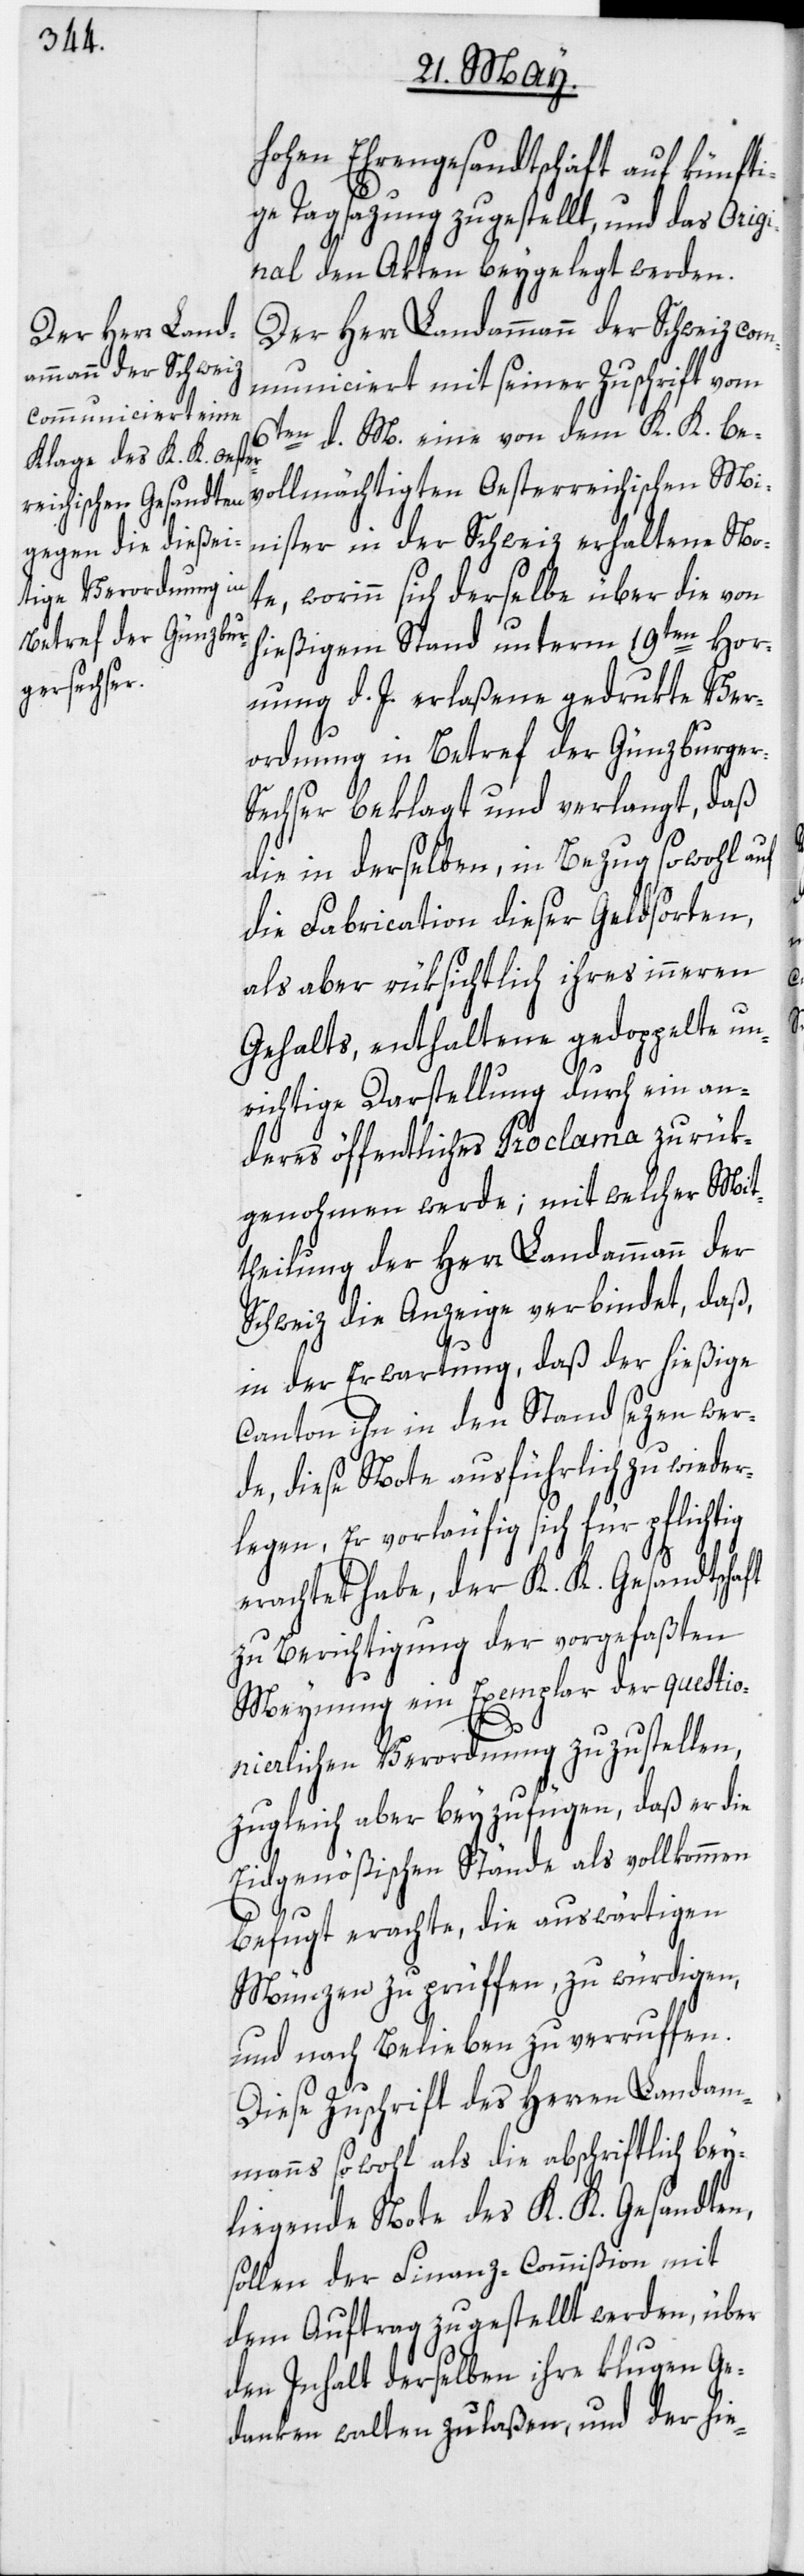
hohen Ehrengesandtschaft auf künft¬
ige Tagsazung zugestellt, und das Orig¬
inal den Akten beygelegt werden.
Der Herr Landammann der Schweiz com¬
municiert mit seiner Zuschrift vom
6ten d. M. eine von dem K. K. be¬
vollmächtigten Oesterreichischen Mi¬
nister in der Schweiz erhaltene No¬
te, worinn sich derselbe über die von
hießigem Stand unterm 19ten Hor¬
nung d. J. erlaßene gedrukte Ver¬
ordnung in Betref der Günzburge¬
echser beklagt und verlangt, daß
die in derselben, in Bezug sowohl auf
die Fabrication dieser Geldsorten,
als aber rüksichtlich ihres inneren
Gehalts, enthaltene gedoppelte un¬
r-S¬
richtige Darstellung durch ein an¬
deres öffentliches Proclama zurük¬
genohmen werde; mit welcher Mit¬
theilung der Herr Landammann der
Schweiz die Anzeige verbindet, daß,
in der Erwartung, daß der hießige
Canton ihn in den Stand sezen wer¬
de, diese Note ausführlich zu wieder¬
legen, Er vorläufig sich für pflichtig
erachtet habe, der K. K. Gesandtschaft
zu Berichtigung der vorgefaßten
Meynung ein Exemplar der questio¬
nierlichen Verordnung zuzustellen,
zugleich aber beyzufügen, daß er die
Eidgenößischen Stände als vollkommen
befugt erachte, die auswärtigen
Münzen zu prüffen, zu würdigen,
und nach Belieben zu verruffen.
Diese Zuschrift des Herren Landam¬
manns sowohl als die abschriftlich bey¬
liegende Note des K. K. Gesandten,
sollen der Finanz-Commißion mit
dem Auftrag zugestellt werden, über
den Inhalt derselben ihre klugen Ge¬
danken walten zu laßen, und der hie-